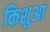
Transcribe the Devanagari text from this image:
किशुआ